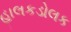
હાલકડોલક